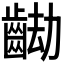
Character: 𪘖